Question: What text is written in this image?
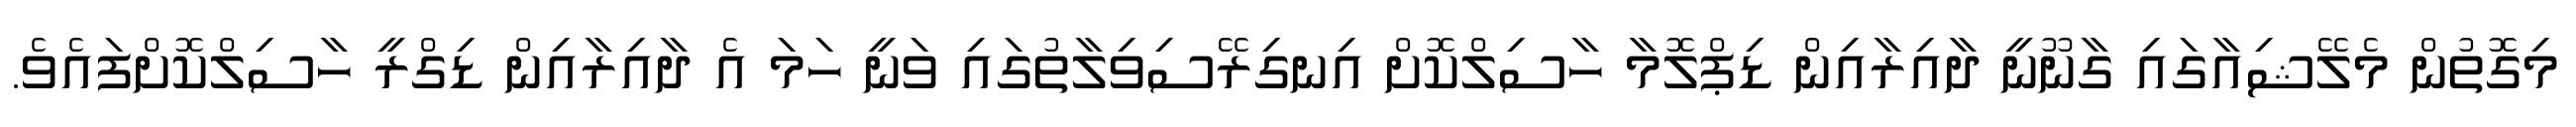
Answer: މިގޮތުން މެލޭޝިއާގައި ގާނޫނީ ދާއިރާއިން ޑިޕްލޮމާ ހާސިލްކޮށް އިނގިރޭސިވިލާތުގައި ވަނީ ހަމަ އެ ދާއިރާއިން ޑިގްރީ ހާސިލްކޮށްފައެވެ.